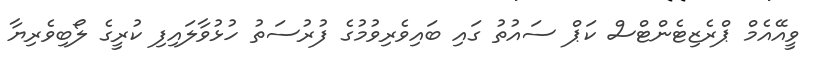
ވީއޭއެމް ޕްރެޒިޓެންޓްސް ކަޕް ސައުތު ގައި ބައިވެރިވުމުގެ ފުރުސަތު ހުޅުވާލައިފި ކުރީގެ ލޯބިވެރިޔާ